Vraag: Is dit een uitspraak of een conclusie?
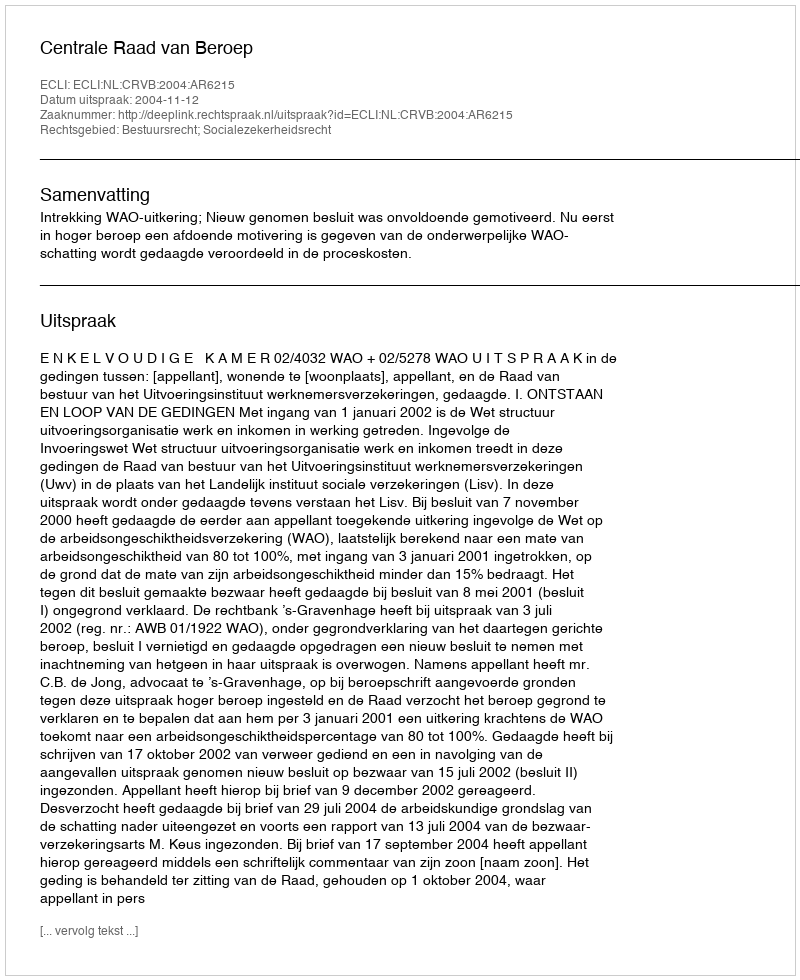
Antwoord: Uitspraak